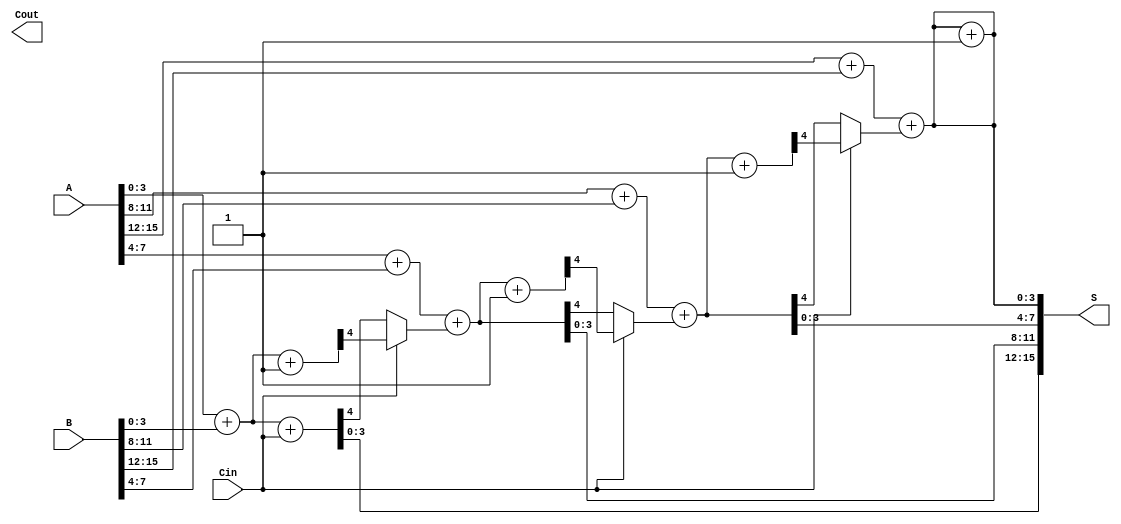
module RCCS_Adder #(parameter n = 16, parameter block_size = 4) (
    input [n-1:0] A,      // First n-bit input
    input [n-1:0] B,      // Second n-bit input
    input Cin,            // Carry input
    output [n-1:0] S,     // n-bit sum output
    output Cout           // Carry output
);

    localparam num_blocks = n / block_size;

    wire [block_size-1:0] sum [0:num_blocks-1];
    wire [num_blocks:0] C;  // Carry signals from block to block
    wire [num_blocks-1:0] C0, C1; // Carry outputs for carry select
    wire [num_blocks-1:0] selected_C; // Selected carry outputs

    // Generate carry for each block
    genvar i, j;
    generate
        for (i = 0; i < num_blocks; i = i + 1) begin: block
            wire [block_size-1:0] A_block = A[i*block_size +: block_size];
            wire [block_size-1:0] B_block = B[i*block_size +: block_size];

            // Full Adder logic for C0 and C1
            if (i == 0) begin
                // First block's Cin is the input Cin
                assign {C0[i], sum[i]} = A_block + B_block + Cin;
                assign {C1[i], sum[i]} = A_block + B_block + 1'b1;
            end else begin
                // Subsequent blocks get their carry from the previous block
                assign {C0[i], sum[i]} = A_block + B_block + selected_C[i-1];
                assign {C1[i], sum[i]} = A_block + B_block + selected_C[i-1] + 1'b1;
            end
            
            // Select carry based on carry-in
            assign selected_C[i] = Cin ? C1[i] : C0[i];
        end
    endgenerate

    // Final carry output
    assign Cout = C[num_blocks];

    // Concatenate the sums to create final sum output
    assign S = {sum[0], sum[1], sum[2], sum[3]}; // Adjust based on number of blocks

endmodule